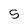
Character: 5